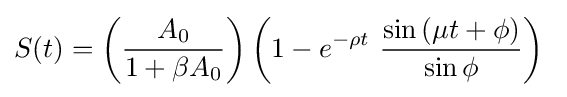
S(t)=\left({\frac {A_{0}}{1+\beta A_{0}}}\right)\left(1-e^{-\rho t}\ {\frac {\sin \left(\mu t+\phi \right)}{\sin \phi }}\right)\